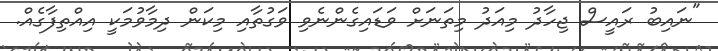
"ނައިބު ރައީސް ޖިހާދު މިއަދު މިތަނަށް ވަޑައިގެންނެވި ވަގުތާއި މިކަން ދިމާވުމަކީ އިއްތިފާގެއް.